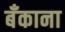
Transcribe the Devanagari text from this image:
बॅंकाना